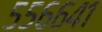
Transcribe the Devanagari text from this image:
५५६६४१